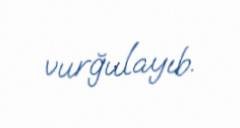
vurğulayıb.